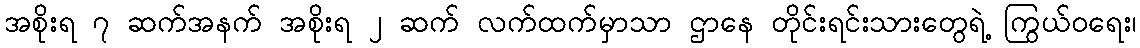
အစိုးရ ၇ ဆက်အနက် အစိုးရ ၂ ဆက် လက်ထက်မှာသာ ဌာနေ တိုင်းရင်းသားတွေရဲ့ ကြွယ်ဝရေး၊